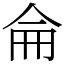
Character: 侖